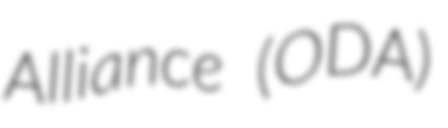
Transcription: Alliance (ODA)